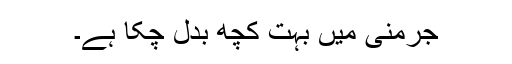
جرمنی میں بہت کچھ بدل چکا ہے۔